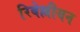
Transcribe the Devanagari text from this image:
रिबेल्लीयन